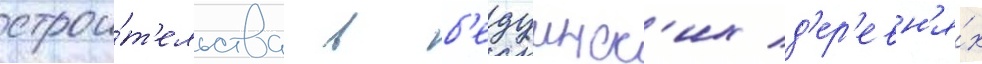
строи́т'ельства в б'едуинск'их д'ер'евн'я́х